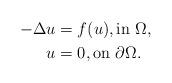
LaTeX: \begin{align*}-\Delta u = {} & f(u), \textrm{in } \Omega, \\u = {} & 0, \textrm{on } \partial \Omega.\end{align*}